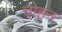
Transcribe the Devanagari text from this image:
चोहन